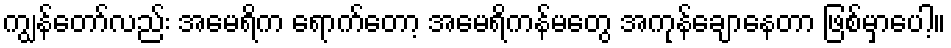
ကျွန်တော်လည်း အမေရိက ရောက်တော့ အမေရိကန်မတွေ အကုန်ချောနေတာ ဖြစ်မှာပေါ့။